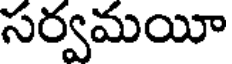
సర్వమయీ